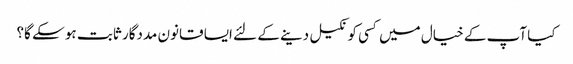
کیا آپ کے خیال میں کسی کو نکیل دینے کے لئے ایسا قانون مددگار ثابت ہو سکے گا؟